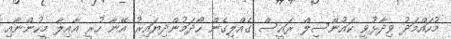
މުހައްމަދު ވިދާޅުވީ ކައުންސިލް ރައީސް ގެއްލިގެން ހޯދަމުންދިޔައިރު އޭނާ ހުރީ އާއިލާ މީހުންނާއި